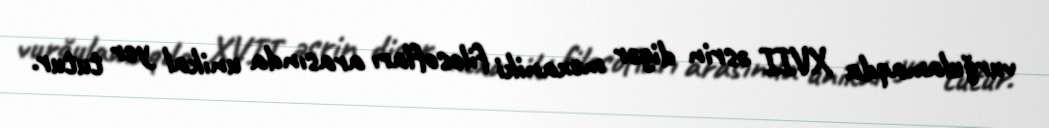
vurğulamaqda XVII əsrin digər mexaniki filosofları arasında unikal yer tutur.